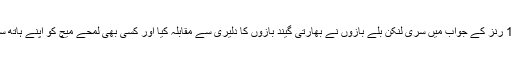
بھارت کے 130 رنز کے جواب میں سری لنکن بلے بازوں نے بھارتی گیند بازوں کا دلیری سے مقابلہ کیا اور کسی بھی لمحے میچ کو اپنے ہاتھ سے جانے نہ دیا۔